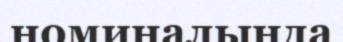
номиналында